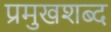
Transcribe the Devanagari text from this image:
प्रमुखशब्द